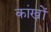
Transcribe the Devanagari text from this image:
कांखों